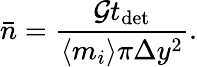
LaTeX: \bar{n}=\frac{\mathcal{G}t_{\mathrm{det}}}{\langle m_{i}\rangle\pi\Delta y^{2}}.